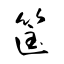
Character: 筺